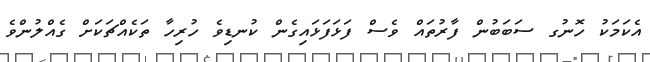
އެކަމަކު ހޮނުގ ސަބަބުން ފާރުތައް ވެސް ފަޅަފަޅައިގެން ކުނޑިވެ ހުރިހާ ތަކެއްޗަކަށް ގެއްލުންވެ